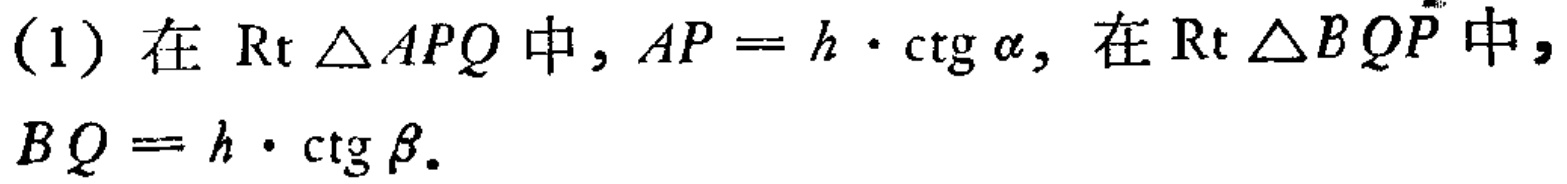
(1) 在 $\mathrm{Rt} \triangle APQ$ 中, $AP = h\cdot \mathrm{ctg} \alpha$, 在 $\mathrm{Rt} \triangle BQP$ 中,
$BQ = h\cdot \mathrm{ctg} \beta$.